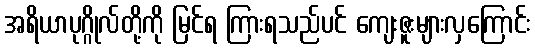
အရိယာပုဂ္ဂိုလ်တို့ကို မြင်ရ ကြားရသည်ပင် ကျေးဇူးများလှကြောင်း